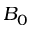
B _ { 0 }